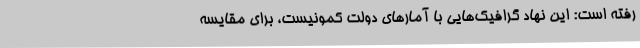
رفته است: این نهاد گرافیک‌هایی با آمارهای دولت کمونیست، برای مقایسه